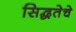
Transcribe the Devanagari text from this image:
सिद्धतेचे